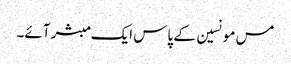
مس مونسین کے پاس ایک مبشر آئے۔